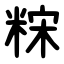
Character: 䊉